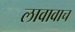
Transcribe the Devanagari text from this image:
लावावाच